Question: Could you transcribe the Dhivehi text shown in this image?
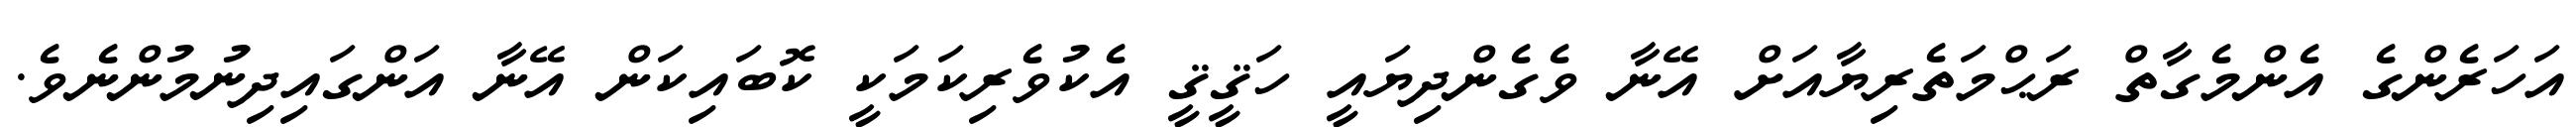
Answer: އަހަރެންގެ އެންމެގާތް ރަޙްމަތެރިޔާއަށް އޭނާ ވެގެންދިޔައީ ހަޤީޤީ އެކުވެރިކަމަކީ ކޮބައިކަން އޭނާ އަންގައިދިނުމުންނެވެ.